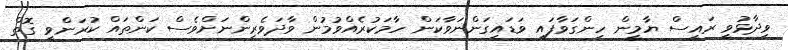
ވިދާޅުވީ ރައީސް ޔާމީން ހިންގަވާފައި ވަޑައިގަންނަވާކަން ހާމަކުރެއްވުމުން ވާދަވެރިންނަށްވެސް ކަންތައް ކުރަންވީ ގޮތް